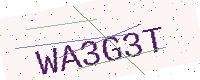
Text: WA3G3T